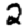
Digit: 2